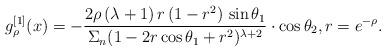
LaTeX: \begin{align*}g_\rho^{[1]}(x)=-\frac{2\rho\,(\lambda+1)\,r\,(1-r^2)\,\sin\theta_1}{\Sigma_n(1-2r\cos\theta_1+r^2)^{\lambda+2}}\cdot\cos\theta_2,r=e^{-\rho}.\end{align*}